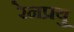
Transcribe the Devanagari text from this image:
रेनफ्र्यु